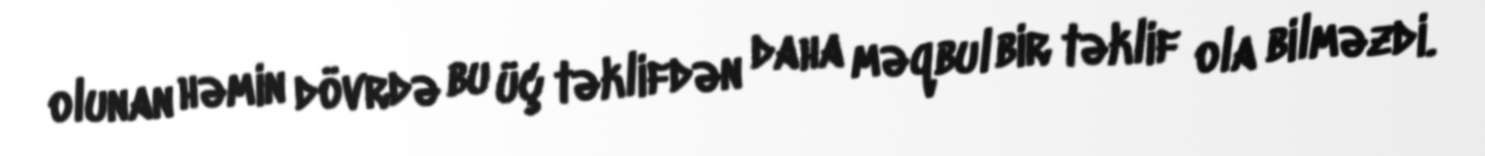
olunan həmin dövrdə bu üç təklifdən daha məqbul bir təklif ola bilməzdi.